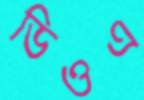
ডিওএ